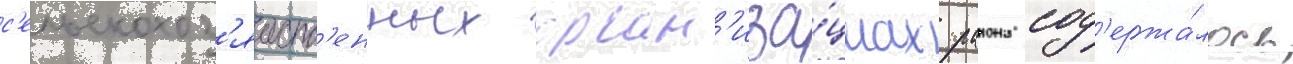
с'ельскохоз'яиств'енных орган'иза́циах раиона сод'ержа́лось